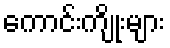
ကောင်းကျိုးများ